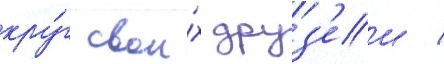
кру́г свои́х друз'еи /